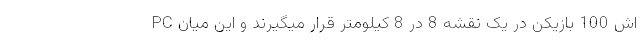
PC اش 100 بازیکن در یک نقشه 8 در 8 کیلومتر قرار میگیرند و این میان